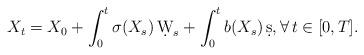
LaTeX: \begin{align*} X_t=X_0+\int_0^t \sigma(X_s)\,\d W_s+\int_0^t b(X_s)\,\d s,\forall\, t\in[0,T]. \end{align*}